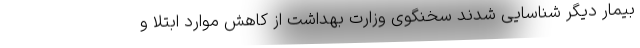
بیمار دیگر شناسایی شدند سخنگوی وزارت بهداشت از کاهش موارد ابتلا و